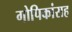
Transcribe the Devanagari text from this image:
गोपिकांसह